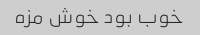
خوب بود خوش مزه